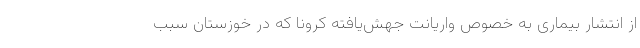
از انتشار بیماری به خصوص واریانت جهش‌یافته کرونا که در خوزستان سبب